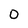
Character: 0